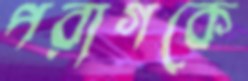
পরাগকে